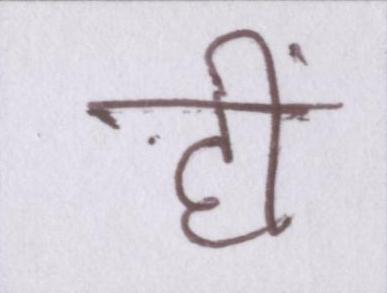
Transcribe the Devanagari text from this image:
हीं